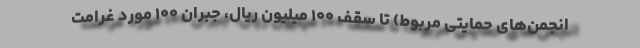
انجمن‌های حمایتی مربوط) تا سقف ۱۰۰ میلیون ریال، جبران ۱۰۰ مورد غرامت